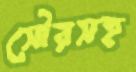
সৌরসহ